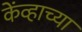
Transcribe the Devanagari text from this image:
केंव्हाच्या